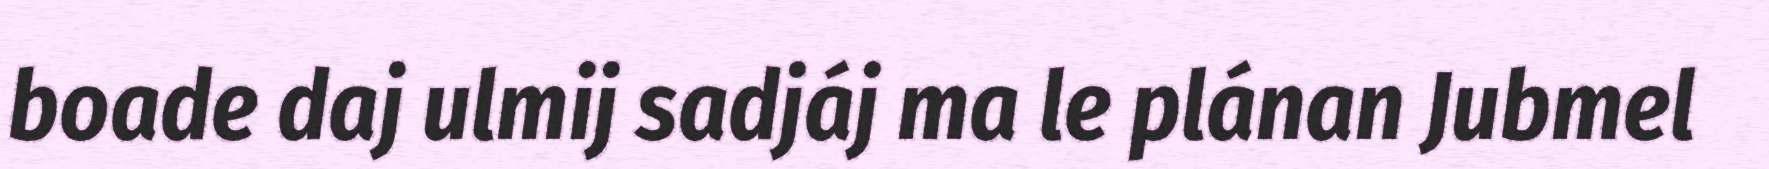
boade daj ulmij sadjáj ma le plánan Jubmel